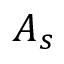
A _ { s }